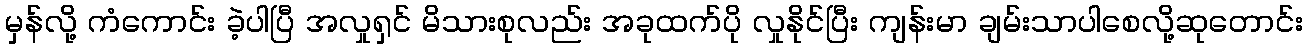
မှန်လို့ ကံကောင်း ခဲ့ပါပြီ အလှုရှင် မိသားစုလည်း အခုထက်ပို လှုနိုင်ပြီး ကျန်းမာ ချမ်းသာပါစေလို့ဆုတောင်း